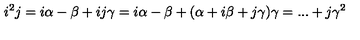
i ^ { 2 } j = i \alpha - \beta + i j \gamma = i \alpha - \beta + ( \alpha + i \beta + j \gamma ) \gamma = . . . + j \gamma ^ { 2 }